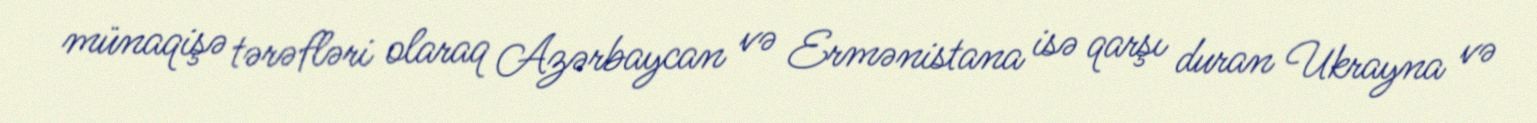
münaqişə tərəfləri olaraq Azərbaycan və Ermənistana isə qarşı duran Ukrayna və